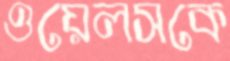
ওয়েলসকে